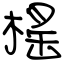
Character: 榣